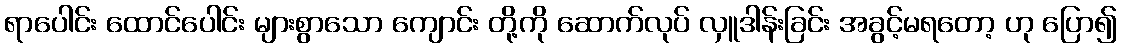
ရာပေါင်း ထောင်ပေါင်း များစွာသော ကျောင်း တို့ကို ဆောက်လုပ် လှူဒါန်းခြင်း အခွင့်မရတော့ ဟု ပြော၍